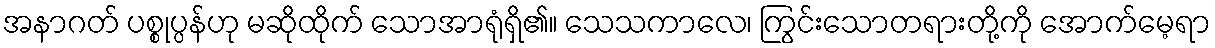
အနာဂတ် ပစ္စုပ္ပန်ဟု မဆိုထိုက် သောအာရုံရှိ၏။ သေသကာလေ၊ ကြွင်းသောတရားတို့ကို အောက်မေ့ရာ